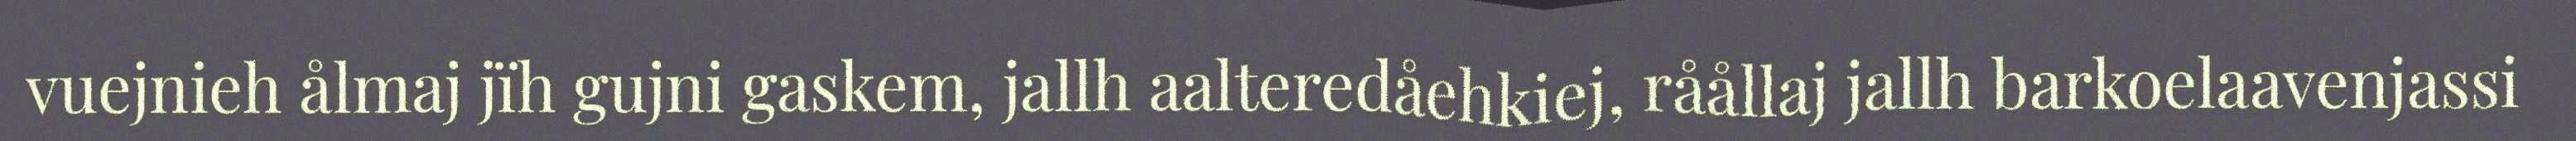
vuejnieh ålmaj jïh gujni gaskem, jallh aalteredåehkiej, råållaj jallh barkoelaavenjassi